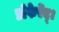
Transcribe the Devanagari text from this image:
प्रोफेर्रेद्।